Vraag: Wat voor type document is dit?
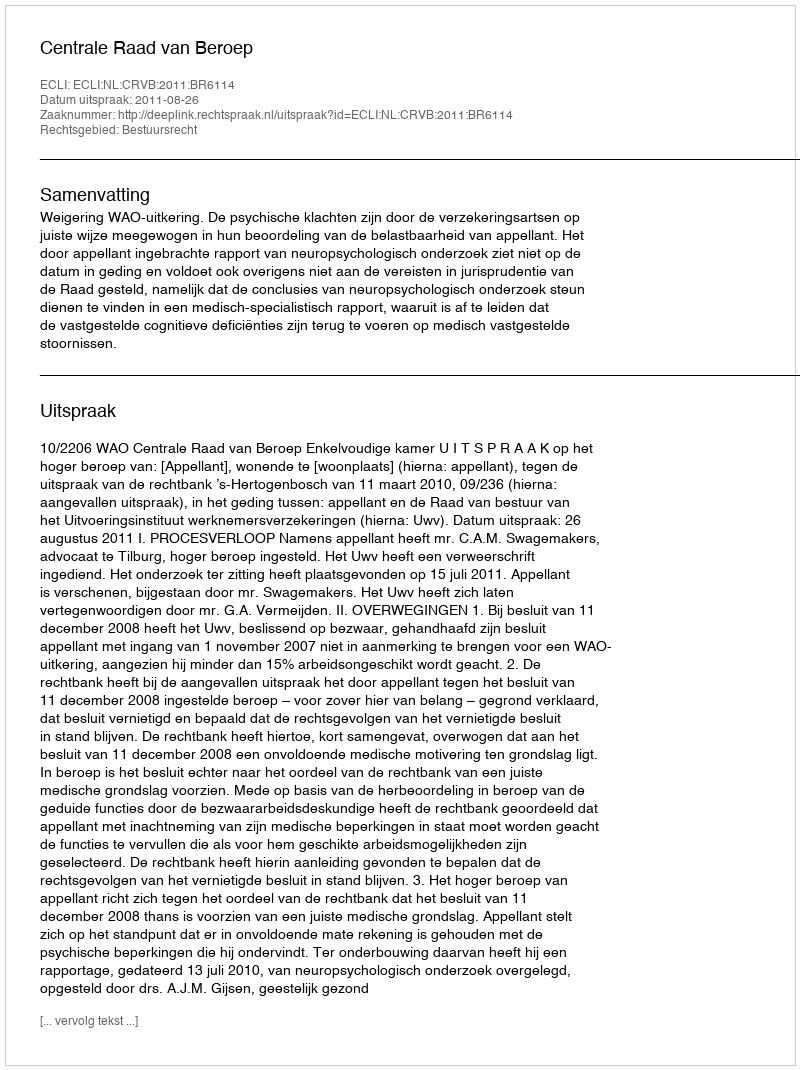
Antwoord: Uitspraak